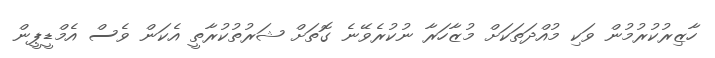
ހާޒިރުކުރުމުން ވަކި މުއްދަތަކަށް މުޒާހަރާ ނުކުރެވޭނެ ގޮތަށް ޝަރުތުކުރާތީ އެކަން ވެސް އެމްޑީޕީން